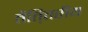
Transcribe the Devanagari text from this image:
तैति्तरीय